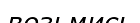
возьмись